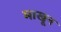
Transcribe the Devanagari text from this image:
माखून